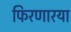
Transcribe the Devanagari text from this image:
फिरणारया